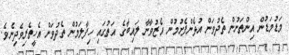
މަޑުމަޑުން އިންތަނުން ތެދުވަން އުޅެންފެށުމުން އެޒުވާނާ ލައިބާގެ އަތުގައި ހިފާލަމުން ތެދުވަން އެހީތެރިވެދިނެވެ.